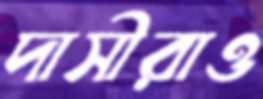
দাসীরাও